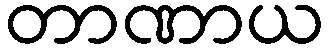
တာဏာယ